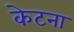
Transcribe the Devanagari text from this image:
केटना